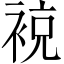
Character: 𧚢